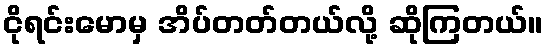
ငိုရင်းမောမှ အိပ်တတ်တယ်လို့ ဆိုကြတယ်။